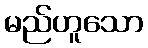
မည်ဟူသော